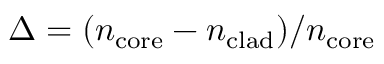
\Delta = ( n _ { \mathrm { c o r e } } - n _ { \mathrm { c l a d } } ) / n _ { \mathrm { c o r e } }